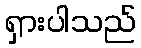
ရှားပါသည်